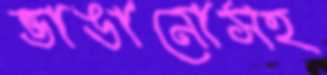
ভাঙানোসহ